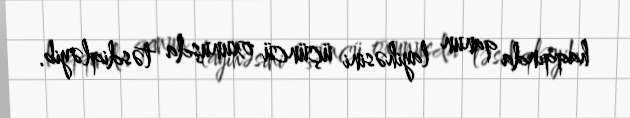
haqqında qanun layihəsini üçüncü oxunuşda təsdiqləyib.